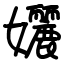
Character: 孋